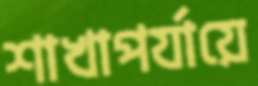
শাখাপর্যায়ে